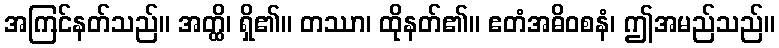
အကြင်နတ်သည်။ အတ္ထိ၊ ရှိ၏။ တဿာ၊ ထိုနတ်၏။ ဧတံအဓိဝစနံ၊ ဤအမည်သည်။